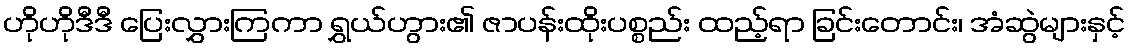
ဟိုဟိုဒီဒီ ပြေးလွှားကြကာ ရွှယ်ဟွား၏ ဇာပန်းထိုးပစ္စည်း ထည့်ရာ ခြင်းတောင်း၊ အံဆွဲများနှင့်